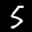
Label: 5